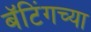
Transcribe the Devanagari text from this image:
बॅटिंगच्या